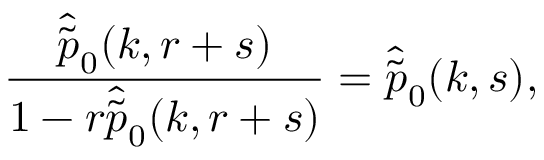
\frac { \hat { \tilde { p } } _ { 0 } ( k , r + s ) } { 1 - r \hat { \tilde { p } } _ { 0 } ( k , r + s ) } = \hat { \tilde { p } } _ { 0 } ( k , s ) ,